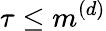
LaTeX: \tau\leq m^{(d)}